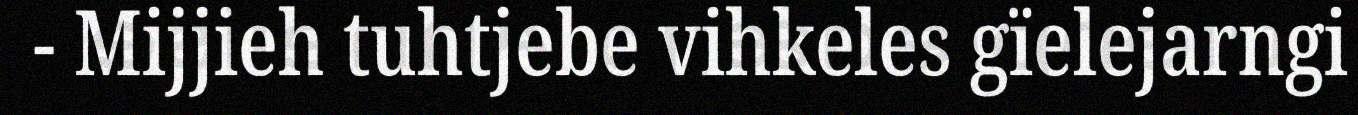
- Mijjieh tuhtjebe vihkeles gïelejarngi